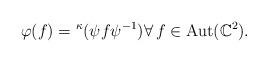
LaTeX: \begin{align*}\varphi(f)={}^{\kappa}\!\,(\psi f\psi^{-1})\forall\,f\in\mathrm{Aut}(\mathbb{C}^2).\end{align*}